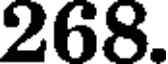
268.